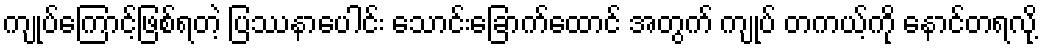
ကျုပ်ကြောင့်ဖြစ်ရတဲ့ ပြဿနာပေါင်း သောင်းခြောက်ထောင် အတွက် ကျုပ် တကယ့်ကို နောင်တရလို့